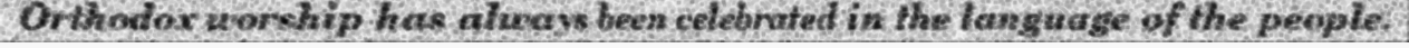
Orthodox worship has always been celebrated in the language of the people.